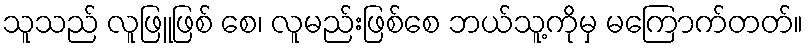
သူသည် လူဖြူဖြစ် စေ၊ လူမည်းဖြစ်စေ ဘယ်သူ့ကိုမှ မကြောက်တတ်။